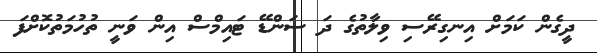
ދީގެން ކަމަށް އިނގިރޭސި ވިލާތުގެ ދަ ސަންޑޭ ޓައިމްސް އިން ވަނީ ތުހުމަތުކޮށްފަ